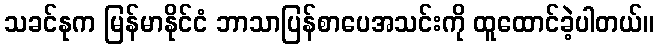
သခင်နုက မြန်မာနိုင်ငံ ဘာသာပြန်စာပေအသင်းကို ထူထောင်ခဲ့ပါတယ်။